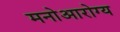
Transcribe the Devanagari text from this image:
मनोआरोग्य